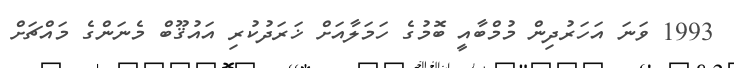
1993 ވަނަ އަހަރުދިން މުމްބާއީ ބޮމުގެ ހަމަލާއަށް ޚަރަދުކުރި އައުޤޫބް މެނަންގެ މަައްޗަށް